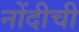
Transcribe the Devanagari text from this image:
नोंदीची